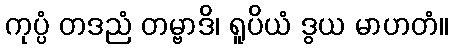
ကုပ္ပံ တဒညံ တမ္ဗာဒိ၊ ရူပိယံ ဒွယ မာဟတံ။